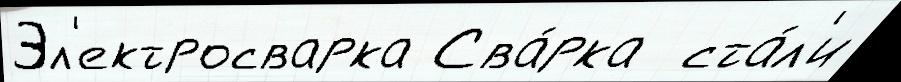
Эл'ектросварка Сва́рка  ста́л'и